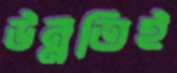
উন্নতিই